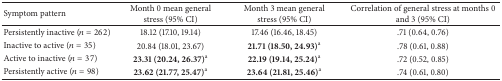
| Symptom pattern | Month 0 mean general stress (95% CI) | Month 3 mean general stress (95% CI) | Correlation of general stress at months 0 and 3 (95% CI) |
 | --- | --- | --- | --- |
 | Persistently inactive (n = 262) | 18.12 (17.10, 19.14) | 17.46 (16.46, 18.45) | .71 (0.64, 0.76) |
 | Inactive to active (n = 35) | 20.84 (18.01, 23.67) | 21.71 (18.50,24.93)a | .78 (0.61, 0.88) |
 | Active to inactive (n = 37) | 23.31 (20.24,26.37)a | 22.19 (19.14,25.24)a | .72 (0.52, 0.85) |
 | Persistently active (n = 98) | 23.62 (21.77,25.47)a | 23.64 (21.81,25.46)a | .74 (0.61, 0.80) |